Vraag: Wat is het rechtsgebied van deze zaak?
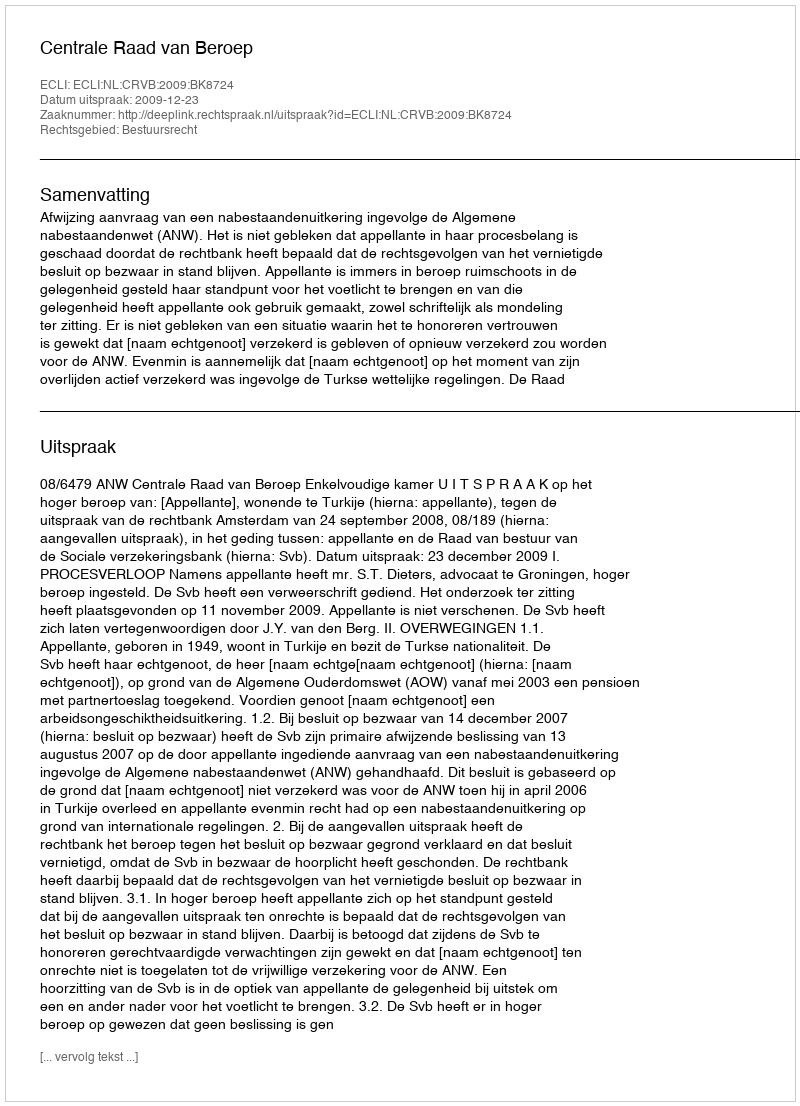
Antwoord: Bestuursrecht